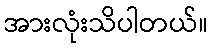
အားလုံးသိပါတယ်။